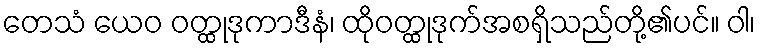
တေသံ ယေဝ ဝတ္ထုဒုကာဒီနံ၊ ထိုဝတ္ထုဒုက်အစရှိသည်တို့၏ပင်။ ဝါ၊